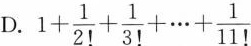
D.$$1 + \frac { 1 } { 2 ! } + \frac { 1 } { 3 ! } + ... + \frac { 1 } { 1 1 ! }$$